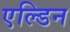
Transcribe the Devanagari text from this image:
एल्डिन